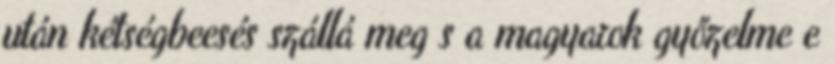
után kétségbeesés szállá meg s a magyarok győzelme e